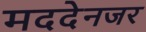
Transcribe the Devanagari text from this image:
मददेनजर